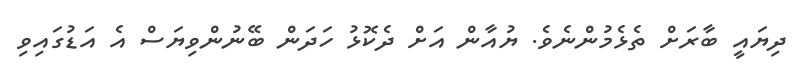
ދިޔައީ ބާރަށް ތެޅެމުންނެވެ. ޔުއާން އަށް ދެކޮޅު ހަދަން ބޭނުންވިޔަސް އެ އަޑުގައިވި